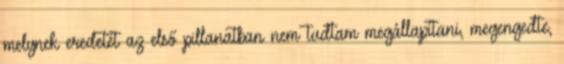
melynek eredetét az első pillanatban nem tudtam megállapítani, megengedte,